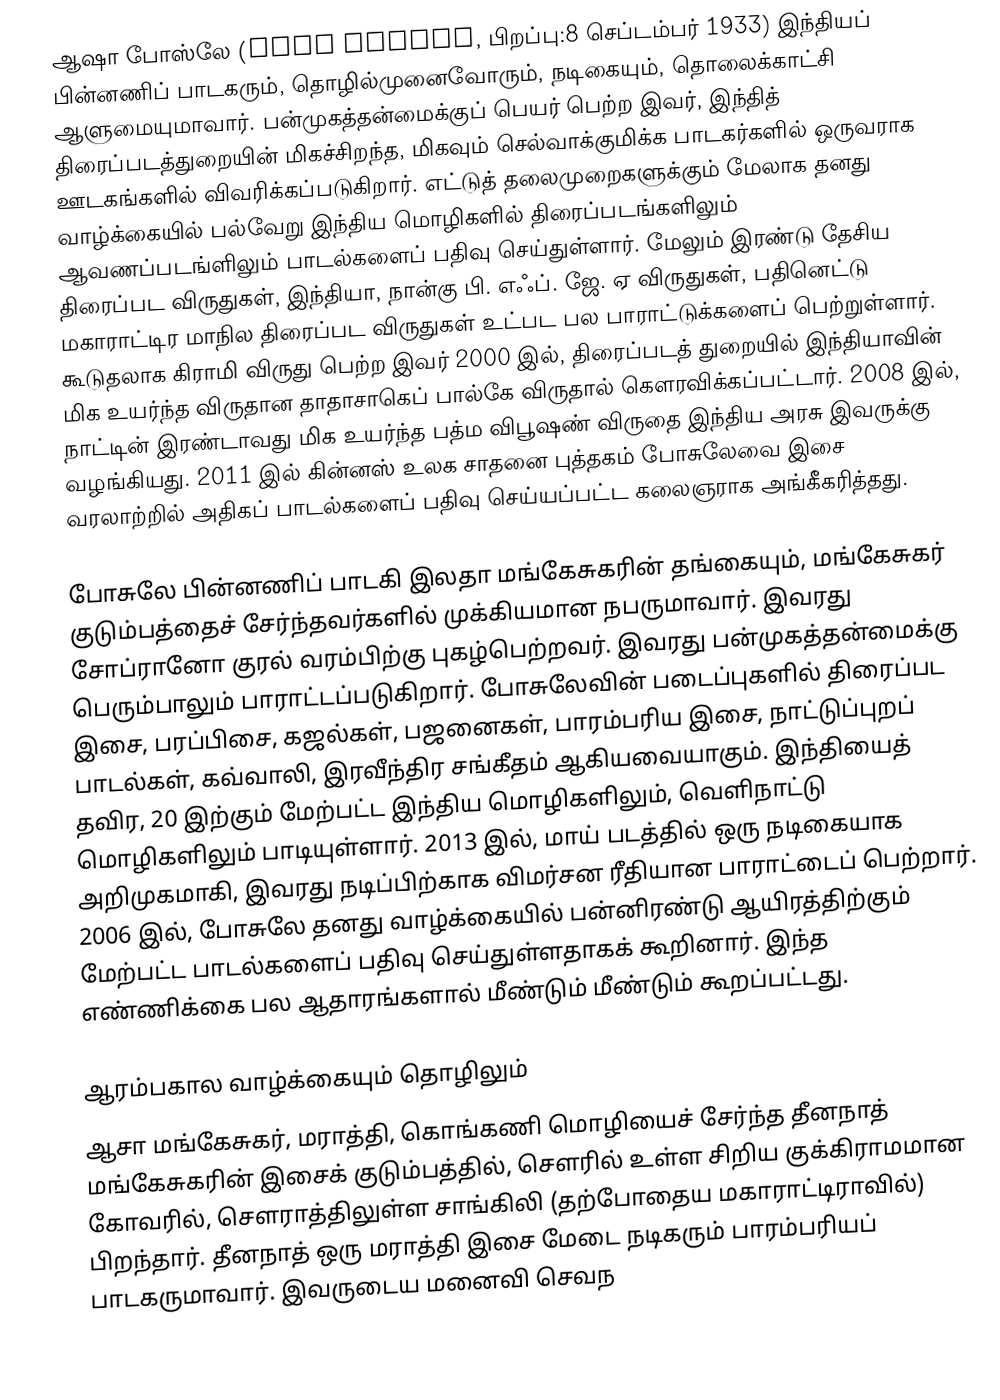
ஆஷா போஸ்லே (Asha Bhosle, பிறப்பு:8 செப்டம்பர் 1933) இந்தியப் பின்னணிப் பாடகரும், தொழில்முனைவோரும், நடிகையும், தொலைக்காட்சி ஆளுமையுமாவார். பன்முகத்தன்மைக்குப் பெயர் பெற்ற இவர், இந்தித் திரைப்படத்துறையின் மிகச்சிறந்த, மிகவும் செல்வாக்குமிக்க பாடகர்களில் ஒருவராக ஊடகங்களில் விவரிக்கப்படுகிறார். எட்டுத் தலைமுறைகளுக்கும் மேலாக தனது வாழ்க்கையில் பல்வேறு இந்திய மொழிகளில் திரைப்படங்களிலும் ஆவணப்படங்ளிலும் பாடல்களைப் பதிவு செய்துள்ளார். மேலும் இரண்டு தேசிய திரைப்பட விருதுகள், இந்தியா, நான்கு பி. எஃப். ஜே. ஏ விருதுகள், பதினெட்டு மகாராட்டிர மாநில திரைப்பட விருதுகள் உட்பட பல பாராட்டுக்களைப் பெற்றுள்ளார். கூடுதலாக கிராமி விருது பெற்ற இவர் 2000 இல், திரைப்படத் துறையில் இந்தியாவின் மிக உயர்ந்த விருதான தாதாசாகெப் பால்கே விருதால் கௌரவிக்கப்பட்டார். 2008 இல், நாட்டின் இரண்டாவது மிக உயர்ந்த பத்ம விபூஷண் விருதை இந்திய அரசு இவருக்கு வழங்கியது. 2011 இல் கின்னஸ் உலக சாதனை புத்தகம் போசுலேவை இசை வரலாற்றில் அதிகப் பாடல்களைப் பதிவு செய்யப்பட்ட கலைஞராக அங்கீகரித்தது.

போசுலே பின்னணிப் பாடகி இலதா மங்கேசுகரின் தங்கையும், மங்கேசுகர் குடும்பத்தைச் சேர்ந்தவர்களில் முக்கியமான நபருமாவார். இவரது சோப்ரானோ குரல் வரம்பிற்கு புகழ்பெற்றவர். இவரது பன்முகத்தன்மைக்கு பெரும்பாலும் பாராட்டப்படுகிறார். போசுலேவின் படைப்புகளில் திரைப்பட இசை, பரப்பிசை, கஜல்கள், பஜனைகள், பாரம்பரிய இசை, நாட்டுப்புறப் பாடல்கள், கவ்வாலி, இரவீந்திர சங்கீதம் ஆகியவையாகும். இந்தியைத் தவிர, 20 இற்கும் மேற்பட்ட இந்திய மொழிகளிலும், வெளிநாட்டு மொழிகளிலும் பாடியுள்ளார். 2013 இல், மாய் படத்தில் ஒரு நடிகையாக அறிமுகமாகி, இவரது நடிப்பிற்காக விமர்சன ரீதியான பாராட்டைப் பெற்றார். 2006 இல், போசுலே தனது வாழ்க்கையில் பன்னிரண்டு ஆயிரத்திற்கும் மேற்பட்ட பாடல்களைப் பதிவு செய்துள்ளதாகக் கூறினார். இந்த எண்ணிக்கை பல ஆதாரங்களால் மீண்டும் மீண்டும் கூறப்பட்டது.

ஆரம்பகால வாழ்க்கையும் தொழிலும்
ஆசா மங்கேசுகர், மராத்தி, கொங்கணி மொழியைச் சேர்ந்த தீனநாத் மங்கேசுகரின் இசைக் குடும்பத்தில், சௌரில் உள்ள சிறிய குக்கிராமமான கோவரில், சௌராத்திலுள்ள சாங்கிலி (தற்போதைய மகாராட்டிராவில்) பிறந்தார். தீனநாத் ஒரு மராத்தி இசை மேடை நடிகரும் பாரம்பரியப் பாடகருமாவார். இவருடைய மனைவி செவந